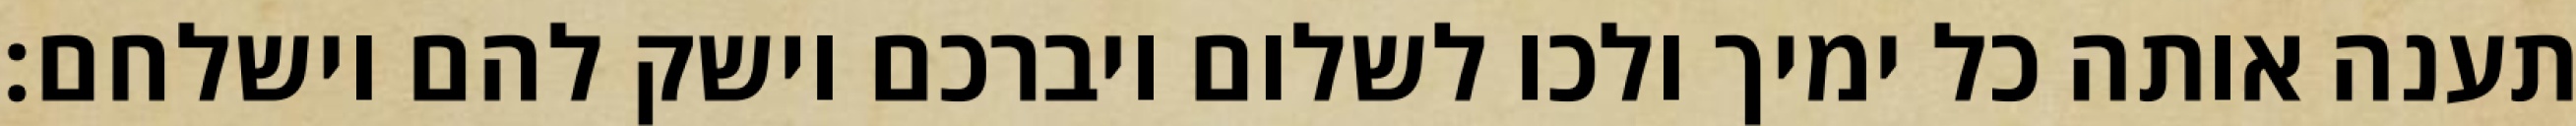
תענה אותה כל ימיך ולכו לשלום ויברכם וישק להם וישלחם: